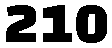
210